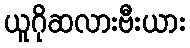
ယူဂိုဆလားဗီးယား